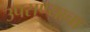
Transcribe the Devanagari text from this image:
उपसण्याचा